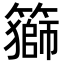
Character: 𥵍